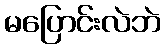
မပြောင်းလဲဘဲ